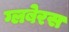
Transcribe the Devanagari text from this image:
ग्लबेरस